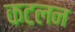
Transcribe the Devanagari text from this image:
कटलन